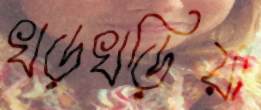
খড়খড়িয়া